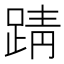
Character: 𫏏